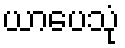
ယာပေသုံ